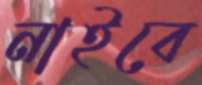
নাইবে